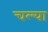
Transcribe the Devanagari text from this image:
चल्या